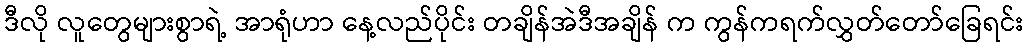
ဒီလို လူတွေများစွာရဲ့ အာရုံဟာ နေ့လည်ပိုင်း တချိန်အဲဒီအချိန် က ကွန်ကရက်လွှတ်တော်ခြေရင်း